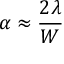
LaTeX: \alpha \approx { \frac { 2 \lambda } { W } }